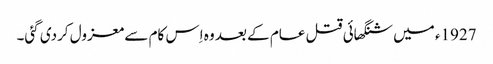
1927ء میں شنگھائی قتل عام کے بعد وہ اِس کام سے معزول کردی گئی۔